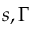
s , \Gamma